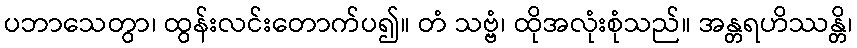
ပဘာသေတွာ၊ ထွန်းလင်းတောက်ပ၍။ တံ သဗ္ဗံ၊ ထိုအလုံးစုံသည်။ အန္တရဟိဿန္တိ၊